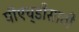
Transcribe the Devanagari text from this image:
पीएच्‌डीसाठी